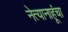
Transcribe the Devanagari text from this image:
नेत्यानाहूंचा